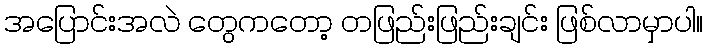
အပြောင်းအလဲ တွေကတော့ တဖြည်းဖြည်းချင်း ဖြစ်လာမှာပါ။